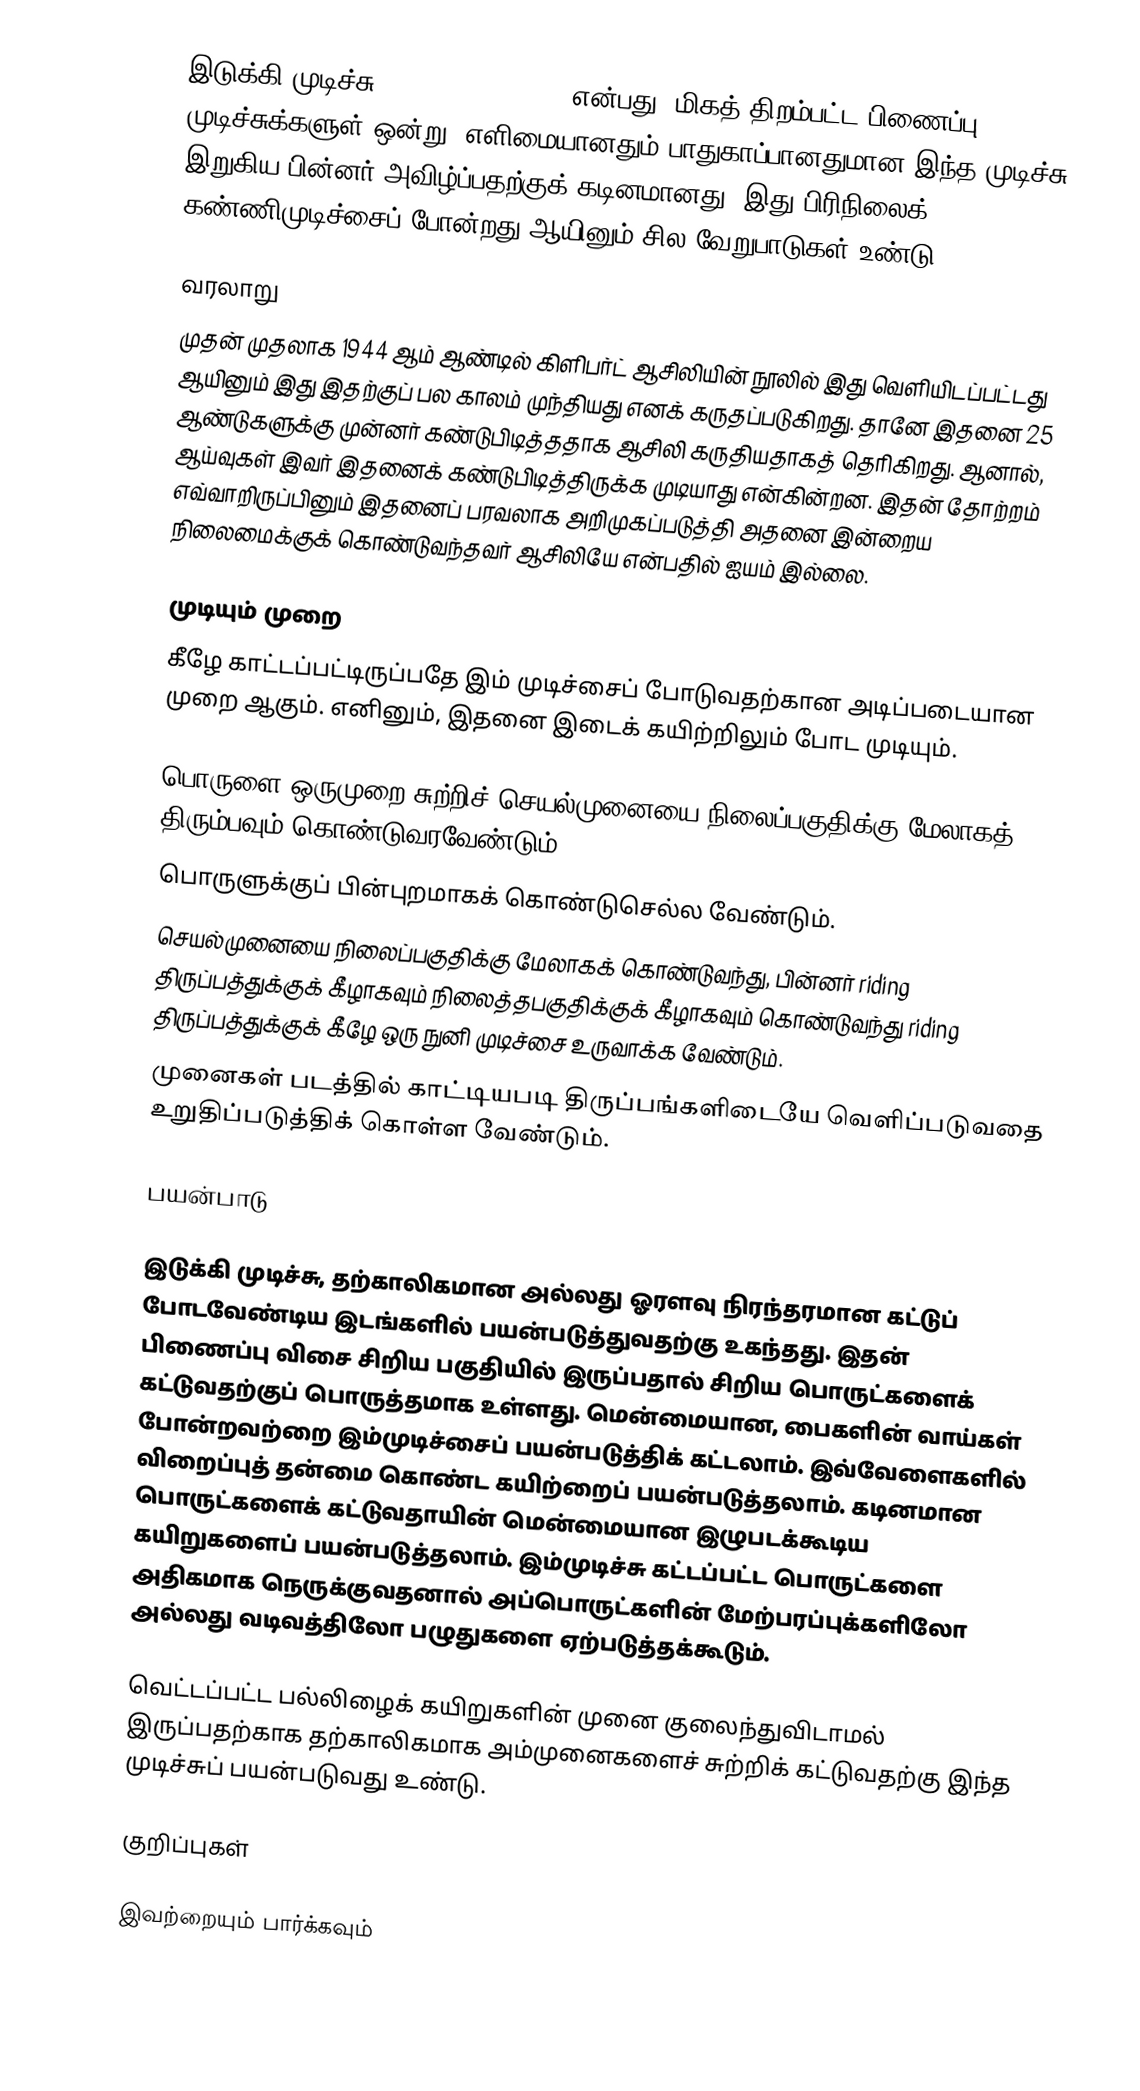
இடுக்கி முடிச்சு (Constrictor knot) என்பது, மிகத் திறம்பட்ட பிணைப்பு முடிச்சுக்களுள் ஒன்று. எளிமையானதும் பாதுகாப்பானதுமான இந்த முடிச்சு இறுகிய பின்னர் அவிழ்ப்பதற்குக் கடினமானது. இது பிரிநிலைக் கண்ணிமுடிச்சைப் போன்றது ஆயினும் சில வேறுபாடுகள் உண்டு.

வரலாறு
முதன் முதலாக 1944 ஆம் ஆண்டில் கிளிபர்ட் ஆசிலியின் நூலில் இது வெளியிடப்பட்டது ஆயினும் இது இதற்குப் பல காலம் முந்தியது எனக் கருதப்படுகிறது. தானே இதனை 25 ஆண்டுகளுக்கு முன்னர் கண்டுபிடித்ததாக ஆசிலி கருதியதாகத் தெரிகிறது. ஆனால், ஆய்வுகள் இவர் இதனைக் கண்டுபிடித்திருக்க முடியாது என்கின்றன. இதன் தோற்றம் எவ்வாறிருப்பினும் இதனைப் பரவலாக அறிமுகப்படுத்தி அதனை இன்றைய நிலைமைக்குக் கொண்டுவந்தவர் ஆசிலியே என்பதில் ஐயம் இல்லை.

முடியும் முறை
கீழே காட்டப்பட்டிருப்பதே இம் முடிச்சைப் போடுவதற்கான அடிப்படையான முறை ஆகும். எனினும், இதனை இடைக் கயிற்றிலும் போட முடியும்.

 பொருளை ஒருமுறை சுற்றிச் செயல்முனையை நிலைப்பகுதிக்கு மேலாகத் திரும்பவும் கொண்டுவரவேண்டும்.
 பொருளுக்குப் பின்புறமாகக் கொண்டுசெல்ல வேண்டும்.
 செயல்முனையை நிலைப்பகுதிக்கு மேலாகக் கொண்டுவந்து, பின்னர் riding திருப்பத்துக்குக் கீழாகவும் நிலைத்தபகுதிக்குக் கீழாகவும் கொண்டுவந்து riding திருப்பத்துக்குக் கீழே ஒரு நுனி முடிச்சை உருவாக்க வேண்டும்.
 முனைகள் படத்தில் காட்டியபடி திருப்பங்களிடையே வெளிப்படுவதை உறுதிப்படுத்திக் கொள்ள வேண்டும்.

பயன்பாடு

இடுக்கி முடிச்சு, தற்காலிகமான அல்லது ஓரளவு நிரந்தரமான கட்டுப் போடவேண்டிய இடங்களில் பயன்படுத்துவதற்கு உகந்தது. இதன் பிணைப்பு விசை சிறிய பகுதியில் இருப்பதால் சிறிய பொருட்களைக் கட்டுவதற்குப் பொருத்தமாக உள்ளது. மென்மையான, பைகளின் வாய்கள் போன்றவற்றை இம்முடிச்சைப் பயன்படுத்திக் கட்டலாம். இவ்வேளைகளில் விறைப்புத் தன்மை கொண்ட கயிற்றைப் பயன்படுத்தலாம். கடினமான பொருட்களைக் கட்டுவதாயின் மென்மையான இழுபடக்கூடிய கயிறுகளைப் பயன்படுத்தலாம். இம்முடிச்சு கட்டப்பட்ட பொருட்களை அதிகமாக நெருக்குவதனால் அப்பொருட்களின் மேற்பரப்புக்களிலோ அல்லது வடிவத்திலோ பழுதுகளை ஏற்படுத்தக்கூடும்.

வெட்டப்பட்ட பல்லிழைக் கயிறுகளின் முனை குலைந்துவிடாமல் இருப்பதற்காக தற்காலிகமாக அம்முனைகளைச் சுற்றிக் கட்டுவதற்கு இந்த முடிச்சுப் பயன்படுவது உண்டு.

குறிப்புகள்

இவற்றையும் பார்க்கவும்